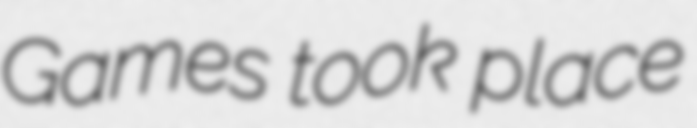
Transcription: Games took place